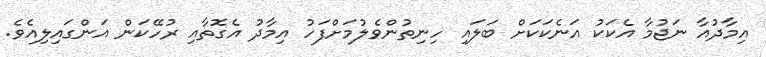
އިމާދުއާ ނަޖުމާ އެކަކު އަނެކަކަށް ބަލައި ހިނިތުންވެލުމަށްފަހު އިމާދު އެގޮތާއި ރުހޭކަން އަންގައިލިއެވެ.